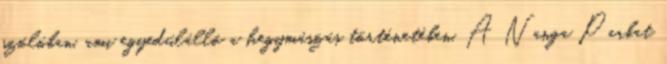
szólóban, ami egyedülálló a hegymászás történetében. A Nanga Parbat